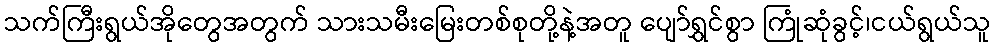
သက်ကြီးရွယ်အိုတွေအတွက် သားသမီးမြေးတစ်စုတို့နဲ့အတူ ပျော်ရွှင်စွာ ကြုံဆုံခွင့်၊ငယ်ရွယ်သူ